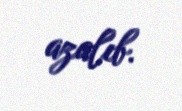
azalıb.